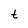
Character: t